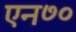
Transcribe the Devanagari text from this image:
एन७०